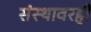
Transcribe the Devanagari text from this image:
संस्थावरही